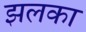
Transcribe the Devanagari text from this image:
झलका